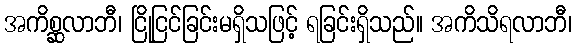
အကိစ္ဆလာဘီ၊ ငြိုငြင်ခြင်းမရှိသဖြင့် ရခြင်းရှိသည်။ အကိသိရလာဘီ၊